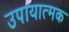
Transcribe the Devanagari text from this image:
उपायात्मक